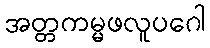
အတ္တကမ္မဖလူပဂေါ